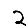
Digit: 2